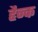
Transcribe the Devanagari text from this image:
हैन्क